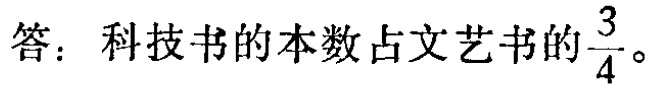
答：科技书的本数占文艺书的$\frac{3}{4}$。